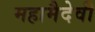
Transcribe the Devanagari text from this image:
महामैदेवी